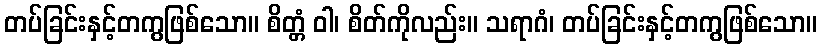
တပ်ခြင်းနှင့်တကွဖြစ်သော။ စိတ္တံ ဝါ၊ စိတ်ကိုလည်း။ သရာဂံ၊ တပ်ခြင်းနှင့်တကွဖြစ်သော။